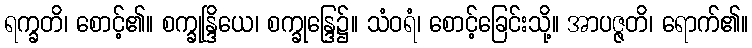
ရက္ခတိ၊ စောင့်၏။ စက္ခုန္ဒြိယေ၊ စက္ခုန္ဒြေ၌။ သံဝရံ၊ စောင့်ခြေင်းသို့။ အာပဇ္ဇတိ၊ ရောက်၏။